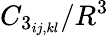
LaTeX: C_{3_{ij,kl}}/{R^{3}}